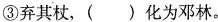
③弃其杖，( ) 化为邓林。